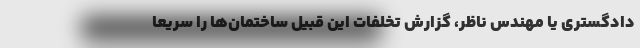
دادگستری یا مهندس ناظر، گزارش تخلفات این قبیل ساختمان‌ها را سریعاً